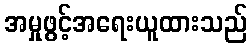
အမှုဖွင့်အရေးယူထားသည်